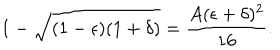
1 - \sqrt { ( 1 - \epsilon ) ( 1 + \delta ) } = \frac { A ( \epsilon + \delta ) ^ { 2 } } { 1 6 } .